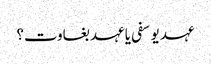
عہد یوسفی یا عہد بغاوت؟